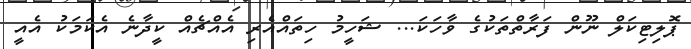
ޕޮލިޓިކަލް ނޫން ފަރާތްތަކުގެ ވާހަކަ... ޝަހީމު ހިތައްއެރި އެއްޗެއް ކީދާނެ އެކަމަކު އެއީ